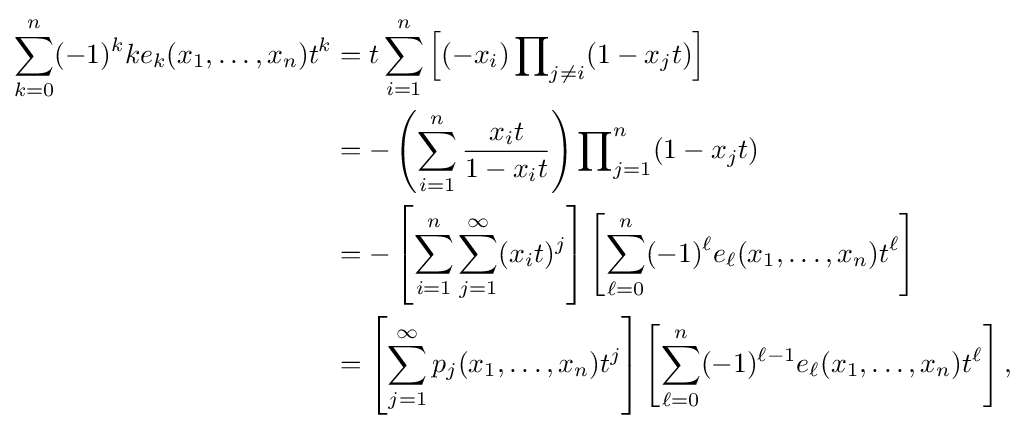
{\begin{aligned}\sum _{k=0}^{n}(-1)^{k}ke_{k}(x_{1},\ldots ,x_{n})t^{k}&=t\sum _{i=1}^{n}\left[(-x_{i})\prod \nolimits _{j\neq i}(1-x_{j}t)\right]\\&=-\left(\sum _{i=1}^{n}{\frac {x_{i}t}{1-x_{i}t}}\right)\prod \nolimits _{j=1}^{n}(1-x_{j}t)\\&=-\left[\sum _{i=1}^{n}\sum _{j=1}^{\infty }(x_{i}t)^{j}\right]\left[\sum _{\ell =0}^{n}(-1)^{\ell }e_{\ell }(x_{1},\ldots ,x_{n})t^{\ell }\right]\\&=\left[\sum _{j=1}^{\infty }p_{j}(x_{1},\ldots ,x_{n})t^{j}\right]\left[\sum _{\ell =0}^{n}(-1)^{\ell -1}e_{\ell }(x_{1},\ldots ,x_{n})t^{\ell }\right],\\\end{aligned}}